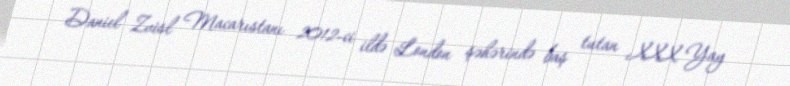
Daniel Zvisl Macarıstanı 2012-ci ildə London şəhərində baş tutan XXX Yay